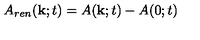
A _ { r e n } ( { \bf k } ; t ) = A ( { \bf k } ; t ) - A ( 0 ; t )